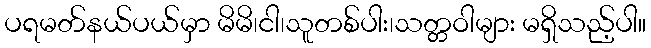
ပရမတ်နယ်ပယ်မှာ မိမိ၊ငါ၊သူတစ်ပါး၊သတ္တဝါများ မရှိသည့်ပါ။